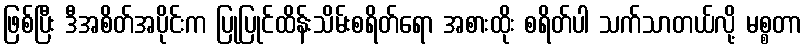
ဖြစ်ပြီး ဒီအစိတ်အပိုင်းက ပြုပြုင်ထိန်းသိမ်းစရိတ်ရော အစားထိုး စရိတ်ပါ သက်သာတယ်လို့ မစ္စတာ